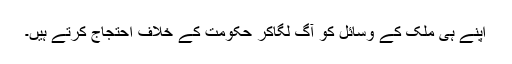
اپنے ہی ملک کے وسائل کو آگ لگاکر حکومت کے خلاف احتجاج کرتے ہیں۔